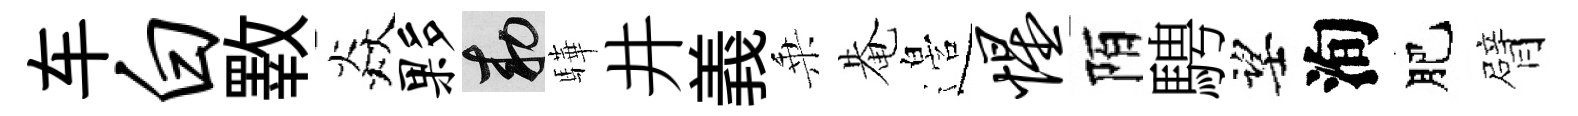
车白斁焱夥敕驊井義乗𤲅邉惺陌騁望洵肥臂